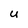
Character: U